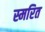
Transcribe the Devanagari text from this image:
स्मरित